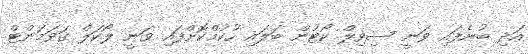
އަދި ބުނެފައި ވަނީ ސިވިލް ކޯޓުން ބަލައި ހުކުމްކޮށްފައި ވަނީ ލޯކަލް ގަވަމަންޓް